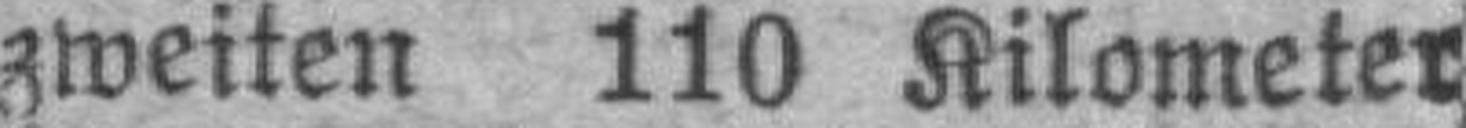
zweiten 110 Kilometer